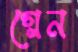
গ্লেন